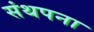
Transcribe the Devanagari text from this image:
संथपना